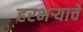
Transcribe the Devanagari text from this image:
हरभर्‍याचे